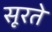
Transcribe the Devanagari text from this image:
सूरते